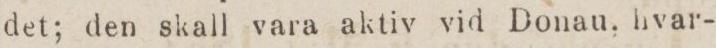
det; den skall vara aktiv vid Donau, hvar-